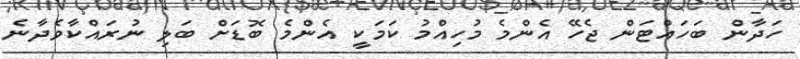
ހަދާން ބަހައްޓަން ޖެހޭ އެންމެ މުހިއްމު ކަމަކީ އެންމެ ބޮޑަށް ބަލި ނުރައްކާވެދާނެ